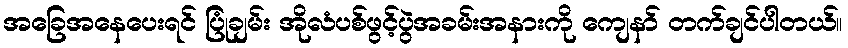
အခြေအနေပေးရင် ပြုံချမ်း အိုလံပစ်ဖွင့်ပွဲအခမ်းအနားကို ကျေနာ် တက်ချင်ပါတယ်။